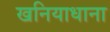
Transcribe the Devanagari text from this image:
खनियाधाना